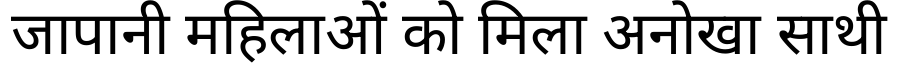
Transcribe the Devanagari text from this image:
जापानी महिलाओं को मिला अनोखा साथी